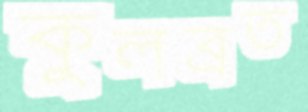
কুলব্রত